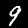
Label: 9